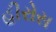
હીરોસ